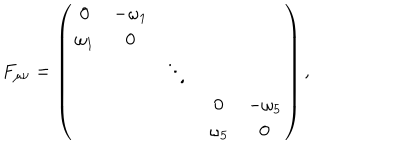
LaTeX: F _ { \mu \nu } = \left( \begin{array} { c c c c c } { { 0 } } & { { - \omega _ { 1 } } } & { { } } & { { } } & { { } } \\ { { \omega _ { 1 } } } & { { 0 } } & { { } } & { { } } & { { } } \\ { { } } & { { } } & { { \ddots } } & { { } } & { { } } \\ { { } } & { { } } & { { } } & { { 0 } } & { { - \omega _ { 5 } } } \\ { { } } & { { } } & { { } } & { { \omega _ { 5 } } } & { { 0 } } \\ \end{array} \right) ,